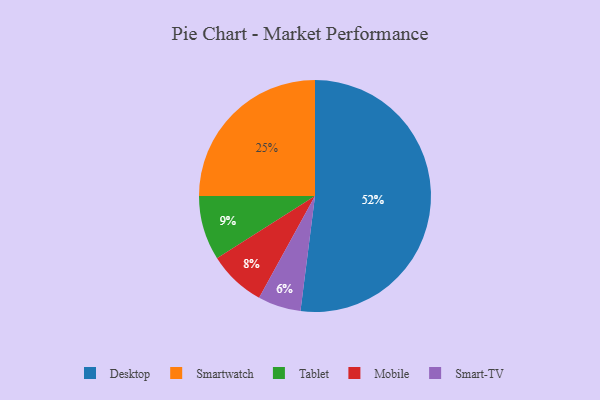
{"axis": {"x": "Category", "y": "Percentage"}, "legend": ["Desktop", "Mobile", "Smart-TV", "Smartwatch", "Tablet"], "data": [{"x": "Smartwatch", "y": 25, "type": "Smartwatch"}, {"x": "Mobile", "y": 8, "type": "Mobile"}, {"x": "Desktop", "y": 52, "type": "Desktop"}, {"x": "Smart-TV", "y": 6, "type": "Smart-TV"}, {"x": "Tablet", "y": 9, "type": "Tablet"}]}